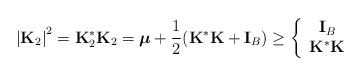
LaTeX: \begin{align*}\left\vert \mathbf{K}_{2}\right\vert ^{2}=\mathbf{K}_{2}^{\ast }\mathbf{K}_{2}=\boldsymbol{\mu} +\frac{1}{2}(\mathbf{K}^{\ast }\mathbf{K}+\mathbf{I}_{B})\geq \left\{\begin{array}{c}\mathbf{I}_{B} \\\mathbf{K}^{\ast }\mathbf{K}\end{array}\right. \end{align*}